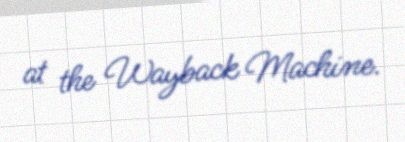
at the Wayback Machine.